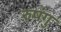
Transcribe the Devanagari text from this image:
रुषंगु